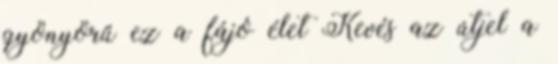
gyönyörű ez a fájó élet Kevés az útjel a